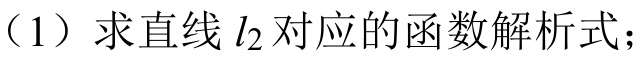
（1）求直线\(l_{2}\)对应的函数解析式；